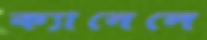
ক্যানেলে